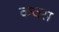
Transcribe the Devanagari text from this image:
कवस